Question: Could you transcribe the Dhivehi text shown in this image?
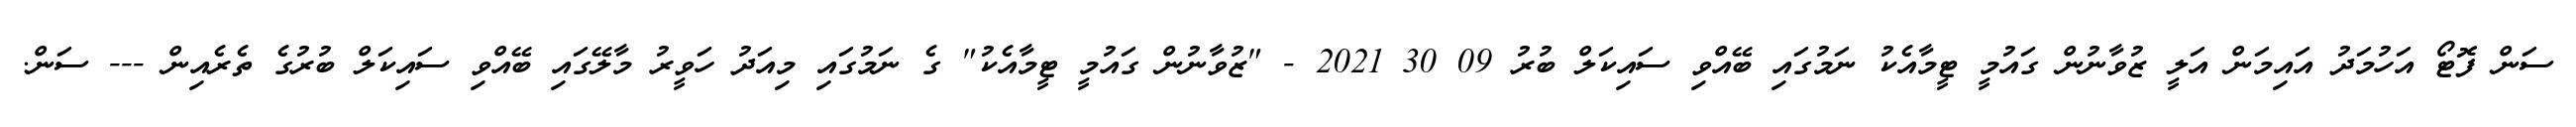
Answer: ސަން ފޮޓޯ އަހުމަދު އައިމަން އަލީ ޒުވާނުން ގައުމީ ޓީމާއެކު ނަމުގައި ބޭއްވި ސައިކަލް ބުރު 09 30 2021 - "ޒުވާނުން ގައުމީ ޓީމާއެކު" ގެ ނަމުގައި މިއަދު ހަވީރު މާލޭގައި ބޭއްވި ސައިކަލް ބުރުގެ ތެރެއިން --- ސަން.